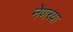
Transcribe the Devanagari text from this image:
नेणरया